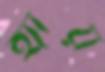
হ্যায়